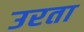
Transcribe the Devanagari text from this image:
उरता